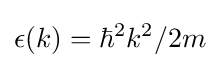
\epsilon (k)=\hbar ^{2}k^{2}/2m